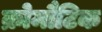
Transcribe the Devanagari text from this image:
क्रोमौटिक